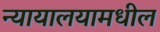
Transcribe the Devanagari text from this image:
न्यायालयामधील